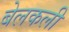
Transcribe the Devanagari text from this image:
बेलकली